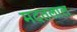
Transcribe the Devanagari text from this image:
मदतलाल